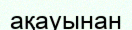
ақауынан